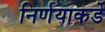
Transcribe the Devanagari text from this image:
निर्णयाकडे